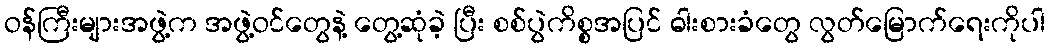
ဝန်ကြီးများအဖွဲ့က အဖွဲ့ဝင်တွေနဲ့ တွေ့ဆုံခဲ့ ပြီး စစ်ပွဲကိစ္စအပြင် ဓါးစားခံတွေ လွတ်မြောက်ရေးကိုပါ